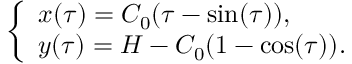
\left\{ { \begin{array} { l } { x ( \tau ) = C _ { 0 } ( \tau - \sin ( \tau ) ) , } \\ { y ( \tau ) = H - C _ { 0 } ( 1 - \cos ( \tau ) ) . } \end{array} } \right.